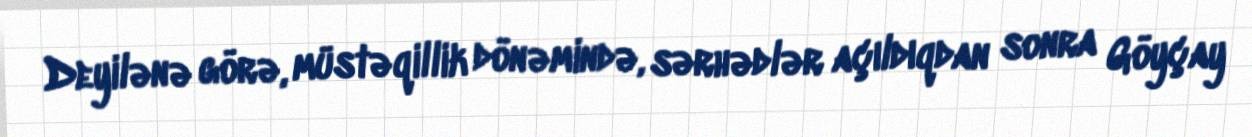
Deyilənə görə, müstəqillik dönəmində, sərhədlər açıldıqdan sonra Göyçay